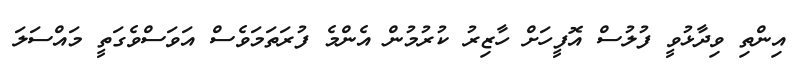
އިންތި ވިދާޅުވީ ފުލުސް އޮފީހަށް ހާޒިރު ކުރުމުން އެންމެ ފުރަތަމަވެސް އަވަސްވެގަތީ މައްސަލަ